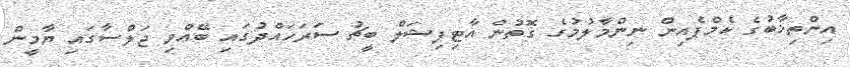
އިންތިޚާބުގެ ކެމްޕެއިން ނިންމާލުމުގެ ގޮތުން އާޓިފިޝަލް ބީޗު ސަރަހައްދުގައި ބޭއްވި ޖަލްސާގައި ޔާމީން